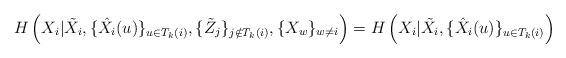
LaTeX: \begin{align*}H\left(X_i|\tilde{X}_i,\{\hat{X}_i(u)\}_{u \in T_k(i)}, \{\tilde{Z}_j\}_{j \notin T_k(i)},\{X_w\}_{w \neq i}\right) = H\left(X_i|\tilde{X}_i,\{\hat{X}_i(u)\}_{u \in T_k(i)}\right)\end{align*}